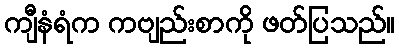
ကျီနံရံက ကဗျည်းစာကို ဖတ်ပြသည်။